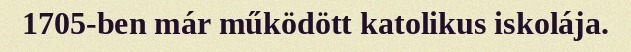
1705-ben már működött katolikus iskolája.